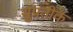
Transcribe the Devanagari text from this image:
सुप्रतीक